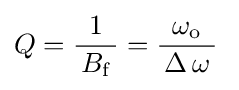
Q={\frac {1}{\,B_{\mathrm {f} }\,}}={\frac {\omega _{\text{o}}}{\,\operatorname {\Delta } \omega \,}}\;